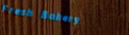
Fresh Bakery